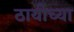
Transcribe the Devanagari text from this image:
ठायीच्या